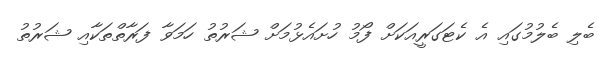
ބެލި ބެލުމުގައި އެ ކެޓަގަރީއަކަށް ފޯމު ހުށައެޅުމަށް ޝަރުތު ހަމަވާ ފަރާތްތަކާއި ޝަރުތު